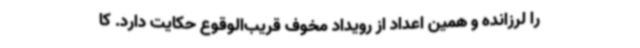
را لرزانده و همین اعداد از رویداد مخوف قریب‌الوقوع حکایت دارد. کا